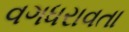
વગધરાવતા